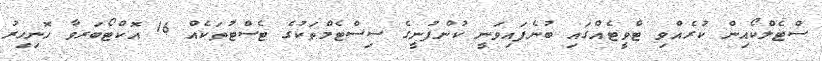
ސްޓެލްކޯއިން ކުރެއްވި ޓްވީޓެއްގައި ބުނެފައިވަނީ ކުންފުނީގެ ސިސްޓެމްތަކުގެ ޓެސްޓުތަކެއް 16 އޮކްޓޯބަރވާ ހޮނިހިރު